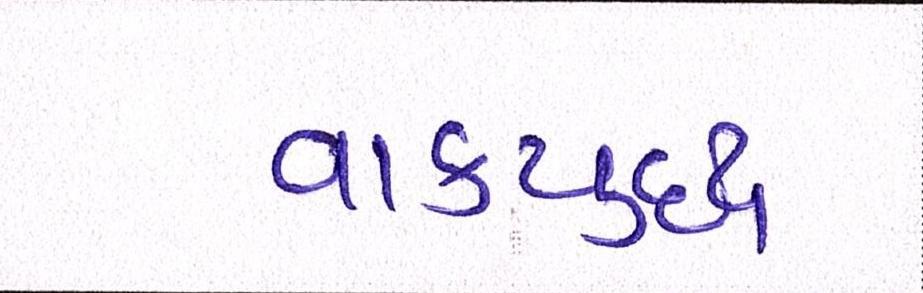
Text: વાકયુદ્ધ